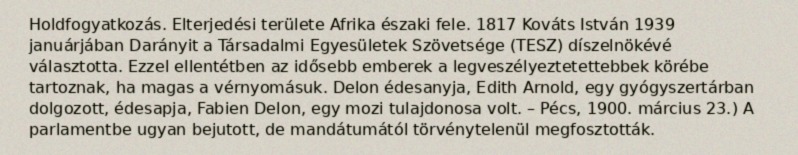
Holdfogyatkozás. Elterjedési területe Afrika északi fele. 1817 Kováts István 1939 januárjában Darányit a Társadalmi Egyesületek Szövetsége (TESZ) díszelnökévé választotta. Ezzel ellentétben az idősebb emberek a legveszélyeztetettebbek körébe tartoznak, ha magas a vérnyomásuk. Delon édesanyja, Edith Arnold, egy gyógyszertárban dolgozott, édesapja, Fabien Delon, egy mozi tulajdonosa volt. – Pécs, 1900. március 23.) A parlamentbe ugyan bejutott, de mandátumától törvénytelenül megfosztották.